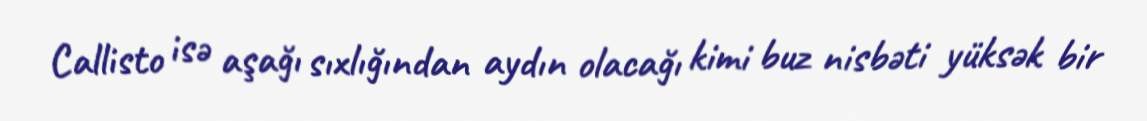
Callisto isə aşağı sıxlığından aydın olacağı kimi buz nisbəti yüksək bir